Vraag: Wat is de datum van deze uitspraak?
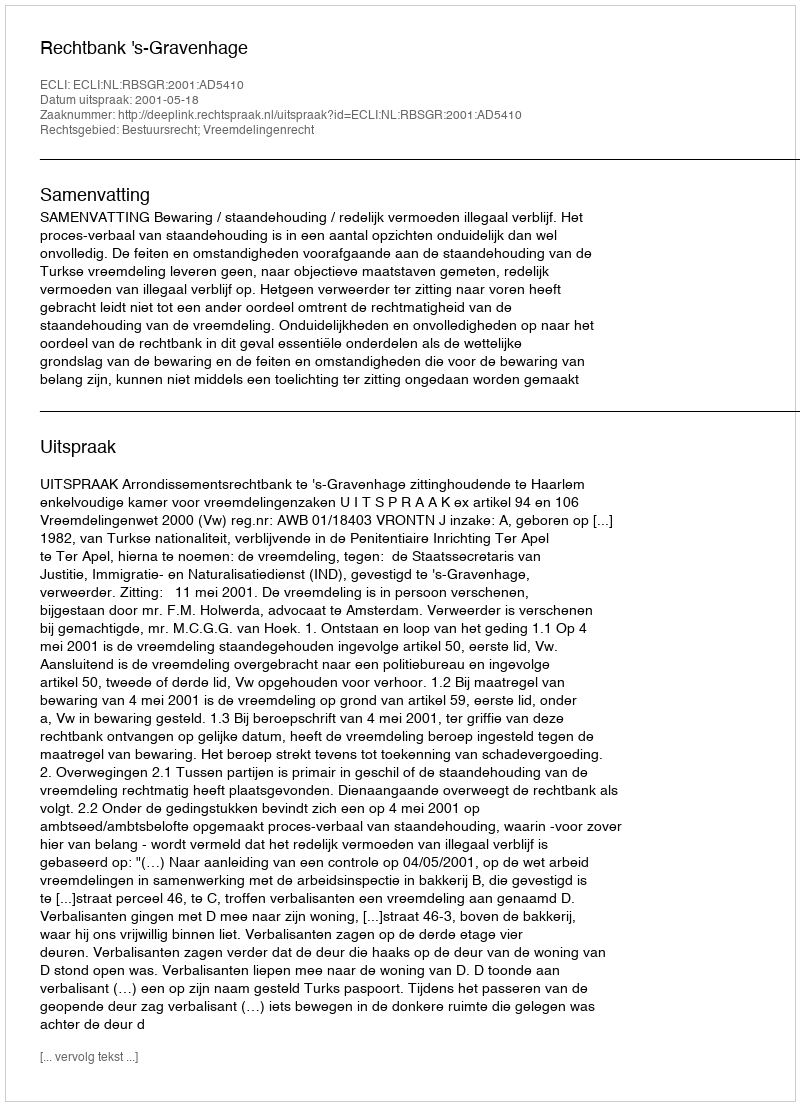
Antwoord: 2001-05-18